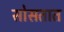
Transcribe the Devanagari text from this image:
सोसतात